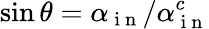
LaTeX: \sin\theta=\alpha_{\mathrm{~i~n~}}/\alpha_{\mathrm{~i~n~}}^{c}